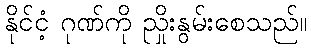
နိုင်ငံ့ ဂုဏ်ကို ညှိုးနွမ်းစေသည်။